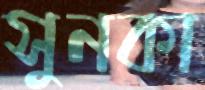
সুনকা